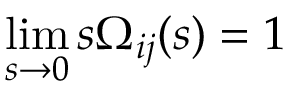
\operatorname* { l i m } _ { s \to 0 } s \Omega _ { i j } ( s ) = 1